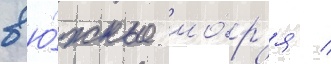
в ю́жные мо́р'я /